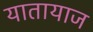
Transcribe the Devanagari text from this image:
यातायाज